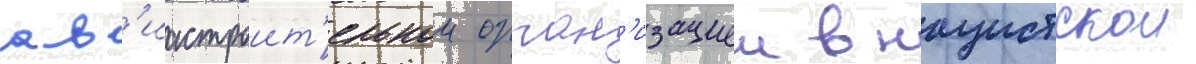
ав'иастроит'ельнои орган'изациеи в нацистскои